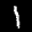
Label: 1